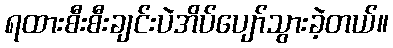
ရထားစီးစီးချင်းပဲအိပ်ပျော်သွားခဲ့တယ်။